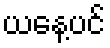
ယနေ့ပင်